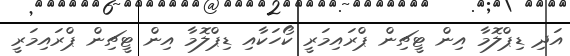
އަދި ޑިޕްލޮމާ އިން ޓީޗިން ޕްރައިމަރީ ކޯހަކާއި ޑިޕްލޮމާ އިން ޓީޗިން ޕްރައިމަރީ